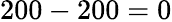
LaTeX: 200-200=0